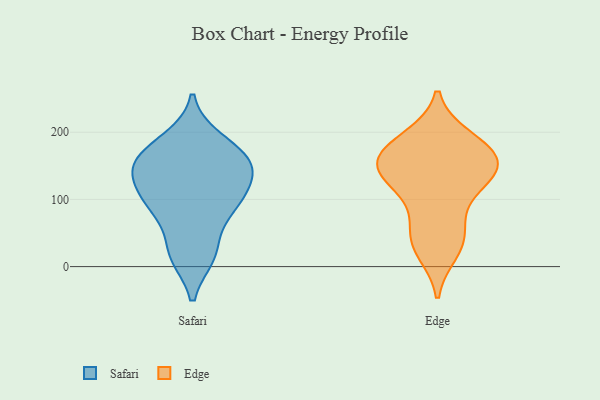
{"axis": {"x": "Energy Usage (MWh)", "y": "Value"}, "legend": ["Edge", "Safari"], "data": [{"x": "", "y": 126, "type": "Safari"}, {"x": "", "y": 189, "type": "Safari"}, {"x": "", "y": 17, "type": "Safari"}, {"x": "", "y": 144, "type": "Safari"}, {"x": "", "y": 159, "type": "Safari"}, {"x": "", "y": 89, "type": "Safari"}, {"x": "", "y": 100, "type": "Safari"}, {"x": "", "y": 147, "type": "Safari"}, {"x": "", "y": 22, "type": "Safari"}, {"x": "", "y": 86, "type": "Safari"}, {"x": "", "y": 167, "type": "Safari"}, {"x": "", "y": 166, "type": "Edge"}, {"x": "", "y": 186, "type": "Edge"}, {"x": "", "y": 138, "type": "Edge"}, {"x": "", "y": 115, "type": "Edge"}, {"x": "", "y": 97, "type": "Edge"}, {"x": "", "y": 30, "type": "Edge"}, {"x": "", "y": 146, "type": "Edge"}, {"x": "", "y": 192, "type": "Edge"}, {"x": "", "y": 183, "type": "Edge"}, {"x": "", "y": 148, "type": "Edge"}, {"x": "", "y": 151, "type": "Edge"}, {"x": "", "y": 159, "type": "Edge"}, {"x": "", "y": 55, "type": "Edge"}, {"x": "", "y": 22, "type": "Edge"}, {"x": "", "y": 49, "type": "Edge"}, {"x": "", "y": 137, "type": "Edge"}]}